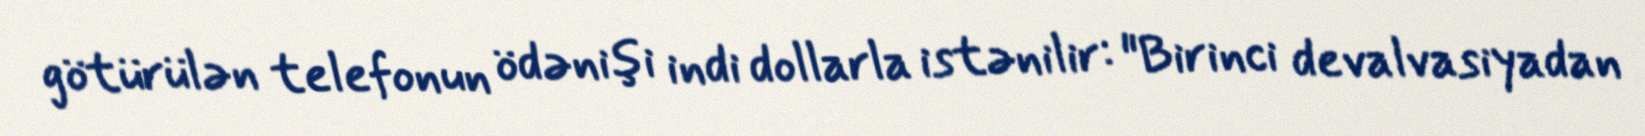
götürülən telefonun ödənişi indi dollarla istənilir: "Birinci devalvasiyadan